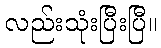
လည်းသုံးပြီးပြီ။